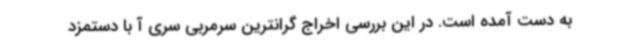
به دست آمده است. در این بررسی اخراج گرانترین سرمربی سری آ با دستمزد